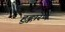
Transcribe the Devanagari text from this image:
हुङ्कारेण